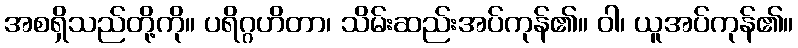
အစရှိသည်တို့ကို။ ပရိဂ္ဂဟိတာ၊ သိမ်းဆည်းအပ်ကုန်၏။ ဝါ၊ ယူအပ်ကုန်၏။